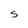
Character: S